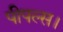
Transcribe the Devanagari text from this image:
पीपल्स।